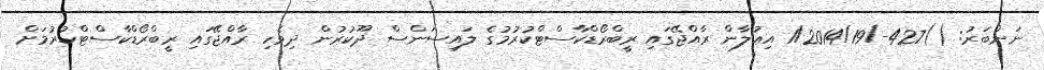
ނަންބަރު: ()427-/1/2014/19 އިޢުލާން ރާއްޖޭގައި ރީބްރޯޑްކާސްޓްކުރުމުގެ ލައިސަންސް ދޫކުރުން ދިވެހި ރާއްޖޭގައި ރީބްރޯޑްކާސްޓްކުރުމަށް